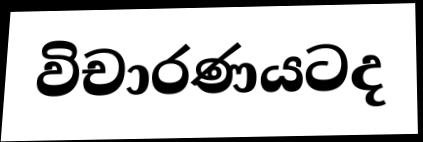
විචාරණයටද